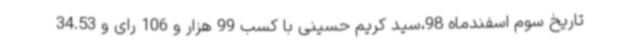
تاریخ سوم اسفندماه 98،سید کریم حسینی با کسب 99 هزار و 106 رای و 34.53